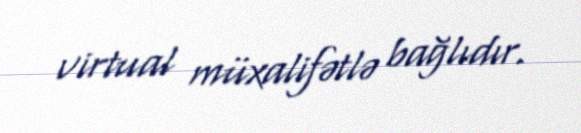
virtual müxalifətlə bağlıdır.